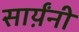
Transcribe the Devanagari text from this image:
सार्य़ंनी